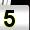
Digit: 5